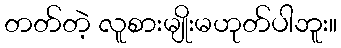
တတ်တဲ့ လူစားမျိုးမဟုတ်ပါဘူး။